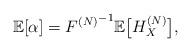
LaTeX: \begin{align*}\mathbb{E}[\alpha]={F^{(N)}}^{-1}\mathbb{E}\bigl[H_X^{(N)}\bigr], \end{align*}